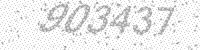
Solution: 903437